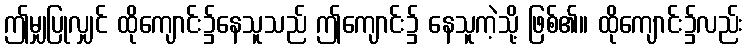
ဤမျှပြုလျှင် ထိုကျောင်း၌နေသူသည် ဤကျောင်း၌ နေသူကဲ့သို့ ဖြစ်၏။ ထိုကျောင်း၌လည်း